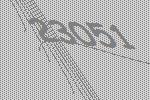
23051